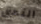
التحق